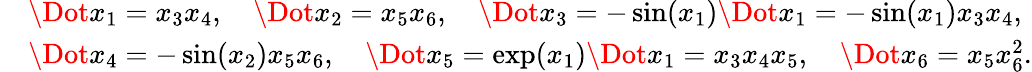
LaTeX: \begin{array}{rl}&{\Dot{x_{1}}=x_{3}x_{4},\quad\Dot{x_{2}}=x_{5}x_{6},\quad\Dot{x_{3}}=-\sin(x_{1})\Dot{x_{1}}=-\sin(x_{1})x_{3}x_{4},}\\ &{\Dot{x_{4}}=-\sin(x_{2})x_{5}x_{6},\quad\Dot{x_{5}}=\exp(x_{1})\Dot{x_{1}}=x_{3}x_{4}x_{5},\quad\Dot{x_{6}}=x_{5}x_{6}^{2}.}\end{array}